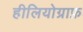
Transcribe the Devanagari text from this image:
हीलियोग्राफ़